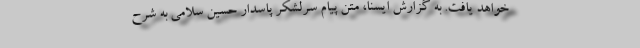
خواهد یافت. به گزارش ایسنا، متن پیام سرلشکر پاسدار حسین سلامی به شرح